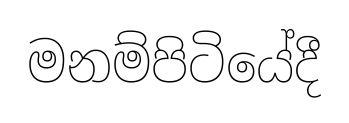
මනම්පිටියේදී